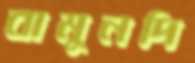
বামুনদি